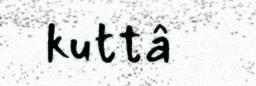
kuttâ